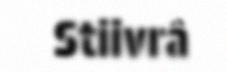
Stiivrâ